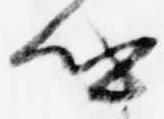
卿